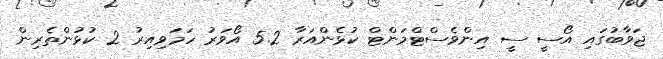
ޖަވާބުގައި އޯސީ ސީ އިންވެސްޓްމަންޓް ކުޅެންއަރާ 5.2 އޯވަރު ހަމަވިއިރު 2 ކުޅުންތެރިން